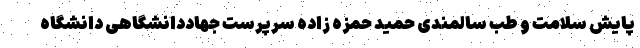
پایش سلامت و طب سالمندی حمید حمزه زاده سرپرست جهاددانشگاهی دانشگاه